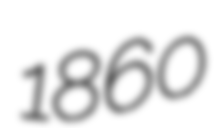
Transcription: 1860